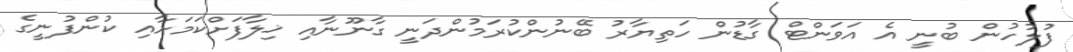
ފުލުހުން ބުނީ އެ އަވަންޓް ގާޑުން ހަތިޔާރު ބޭނުންކުރަމުންދަނީ ގާނޫނާއި ޚިލާފަށްކަމަށާއި ކުންފުނީގެ